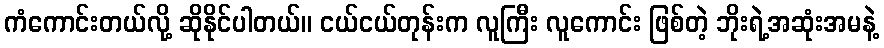
ကံကောင်းတယ်လို့ ဆိုနိုင်ပါတယ်။ ငယ်ငယ်တုန်းက လူကြီး လူကောင်း ဖြစ်တဲ့ ဘိုးရဲ့အဆုံးအမနဲ့